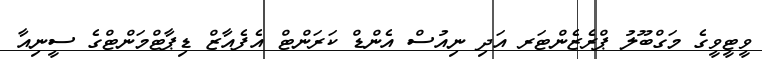
ވީޓީވީގެ މަގްބޫލު ޕްރެޒެންޓަރ އަދި ނިއުސް އެންޑް ކަރަންޓް އެފެއާޒް ޑިޕާޓްމަންޓްގެ ސީނިއާ